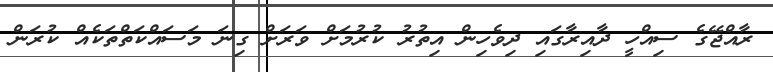
ރާއްޖޭގެ ސިއްހީ ދާއިރާގައި ދިވެހިން އިތުރު ކުރުމަށް ވަރަށް ގިނަ މަސައްކަތްތަކެއް ކުރަން